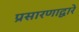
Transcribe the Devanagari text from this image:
प्रसारणाद्वारे